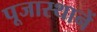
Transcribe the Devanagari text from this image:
पूजास्थानें